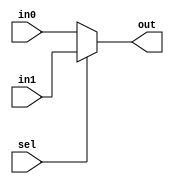
module mux32(out, in0, in1, sel);
    output reg [31:0] out;
    input [31:0] in0;
    input [31:0] in1;
	input sel;    //select which inputs to send out

  	always @(sel or in0 or in1)
    begin
      if (sel==0)
            out = in0;
      else
            out = in1;
    end
endmodule